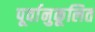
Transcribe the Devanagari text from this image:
पूर्वानुकूलित